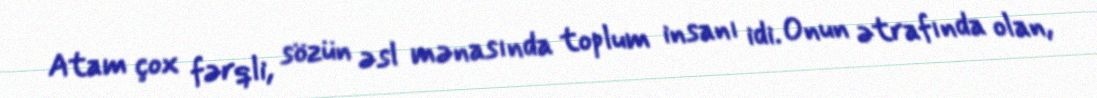
Atam çox fərqli, sözün əsl mənasında toplum insanı idi. Onun ətrafında olan,